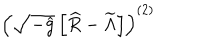
\left( \sqrt { - { \widehat g } } \left[ { \widehat R } - { \widetilde \Lambda } \right] \right) ^ { ( 2 ) }